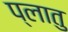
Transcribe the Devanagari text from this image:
प्लातु